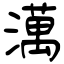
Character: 澫